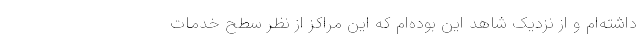
داشته‌ام و از نزدیک شاهد این بوده‌ام که این مراکز از نظر سطح خدمات